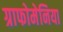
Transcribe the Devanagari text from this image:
ग्राफोमेनिया